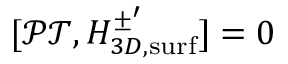
[ \mathcal { P T } , H _ { 3 D , \mathrm { s u r f } } ^ { \pm ^ { \prime } } ] = 0